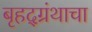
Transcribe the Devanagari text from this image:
बृहद्‌ग्रंथाचा